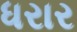
ધરાર